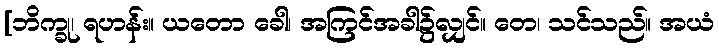
[ဘိက္ခု၊ ရဟန်း။ ယတော ခေါ၊ အကြင်အခါ၌လျှင်။ တေ၊ သင်သည်။ အယံ